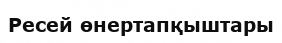
Ресей өнертапқыштары